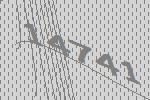
14741